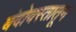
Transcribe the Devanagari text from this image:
बंदोवस्तातून